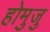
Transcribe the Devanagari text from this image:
होमुजु